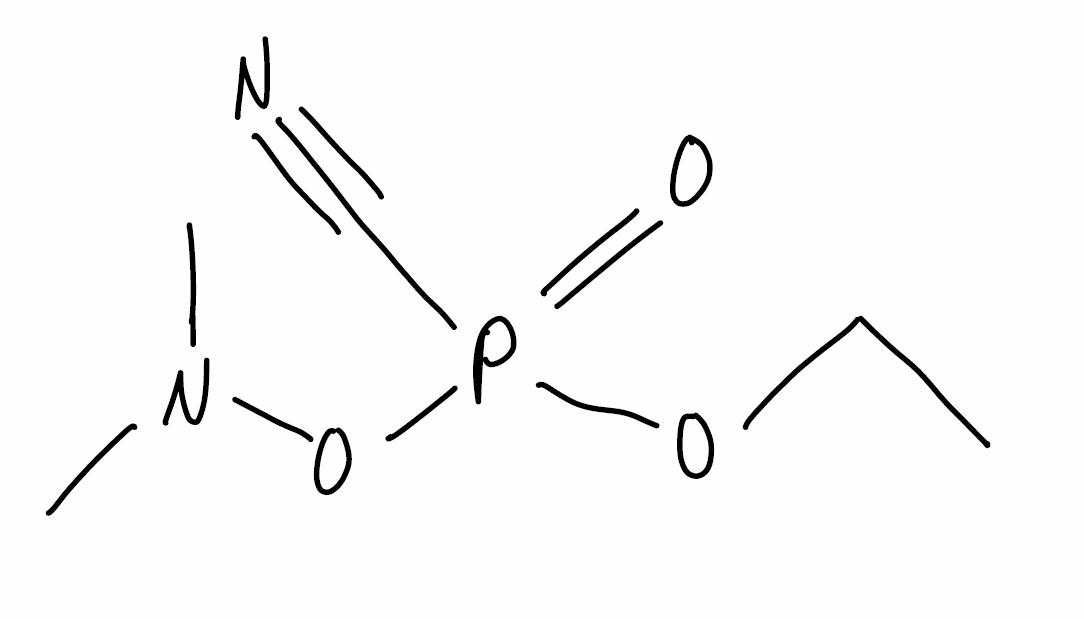
Simplified molecular-input line-entry system (SMILES) notation of the given molecule:
CCOP(=O)(C#N)ON(C)C